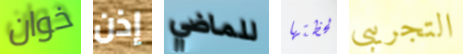
خوان إذن للماضي لحظتها التجريبي